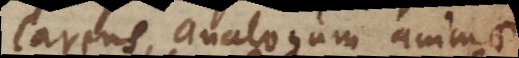
carens, analogum animae,